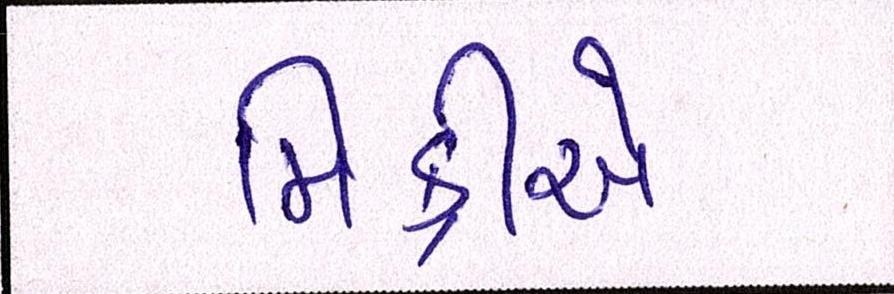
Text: મિક્રીએ